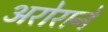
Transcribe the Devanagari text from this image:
अरोराने